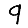
Digit: 9